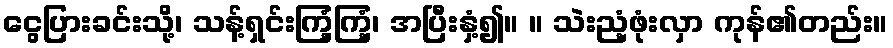
ငွေပြားခင်းသို့၊ သန့်ရှင်းကြံ့ကြံ့၊ အပြီးနှံ့၍။ ။ သဲးညံ့ဖုံးလှာ ကုန်၏တည်း။